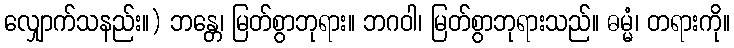
လျှောက်သနည်း။) ဘန္တေ၊ မြတ်စွာဘုရား။ ဘဂဝါ၊ မြတ်စွာဘုရားသည်။ ဓမ္မံ၊ တရားကို။